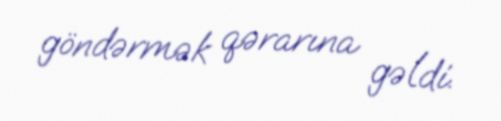
göndərmək qərarına gəldi.